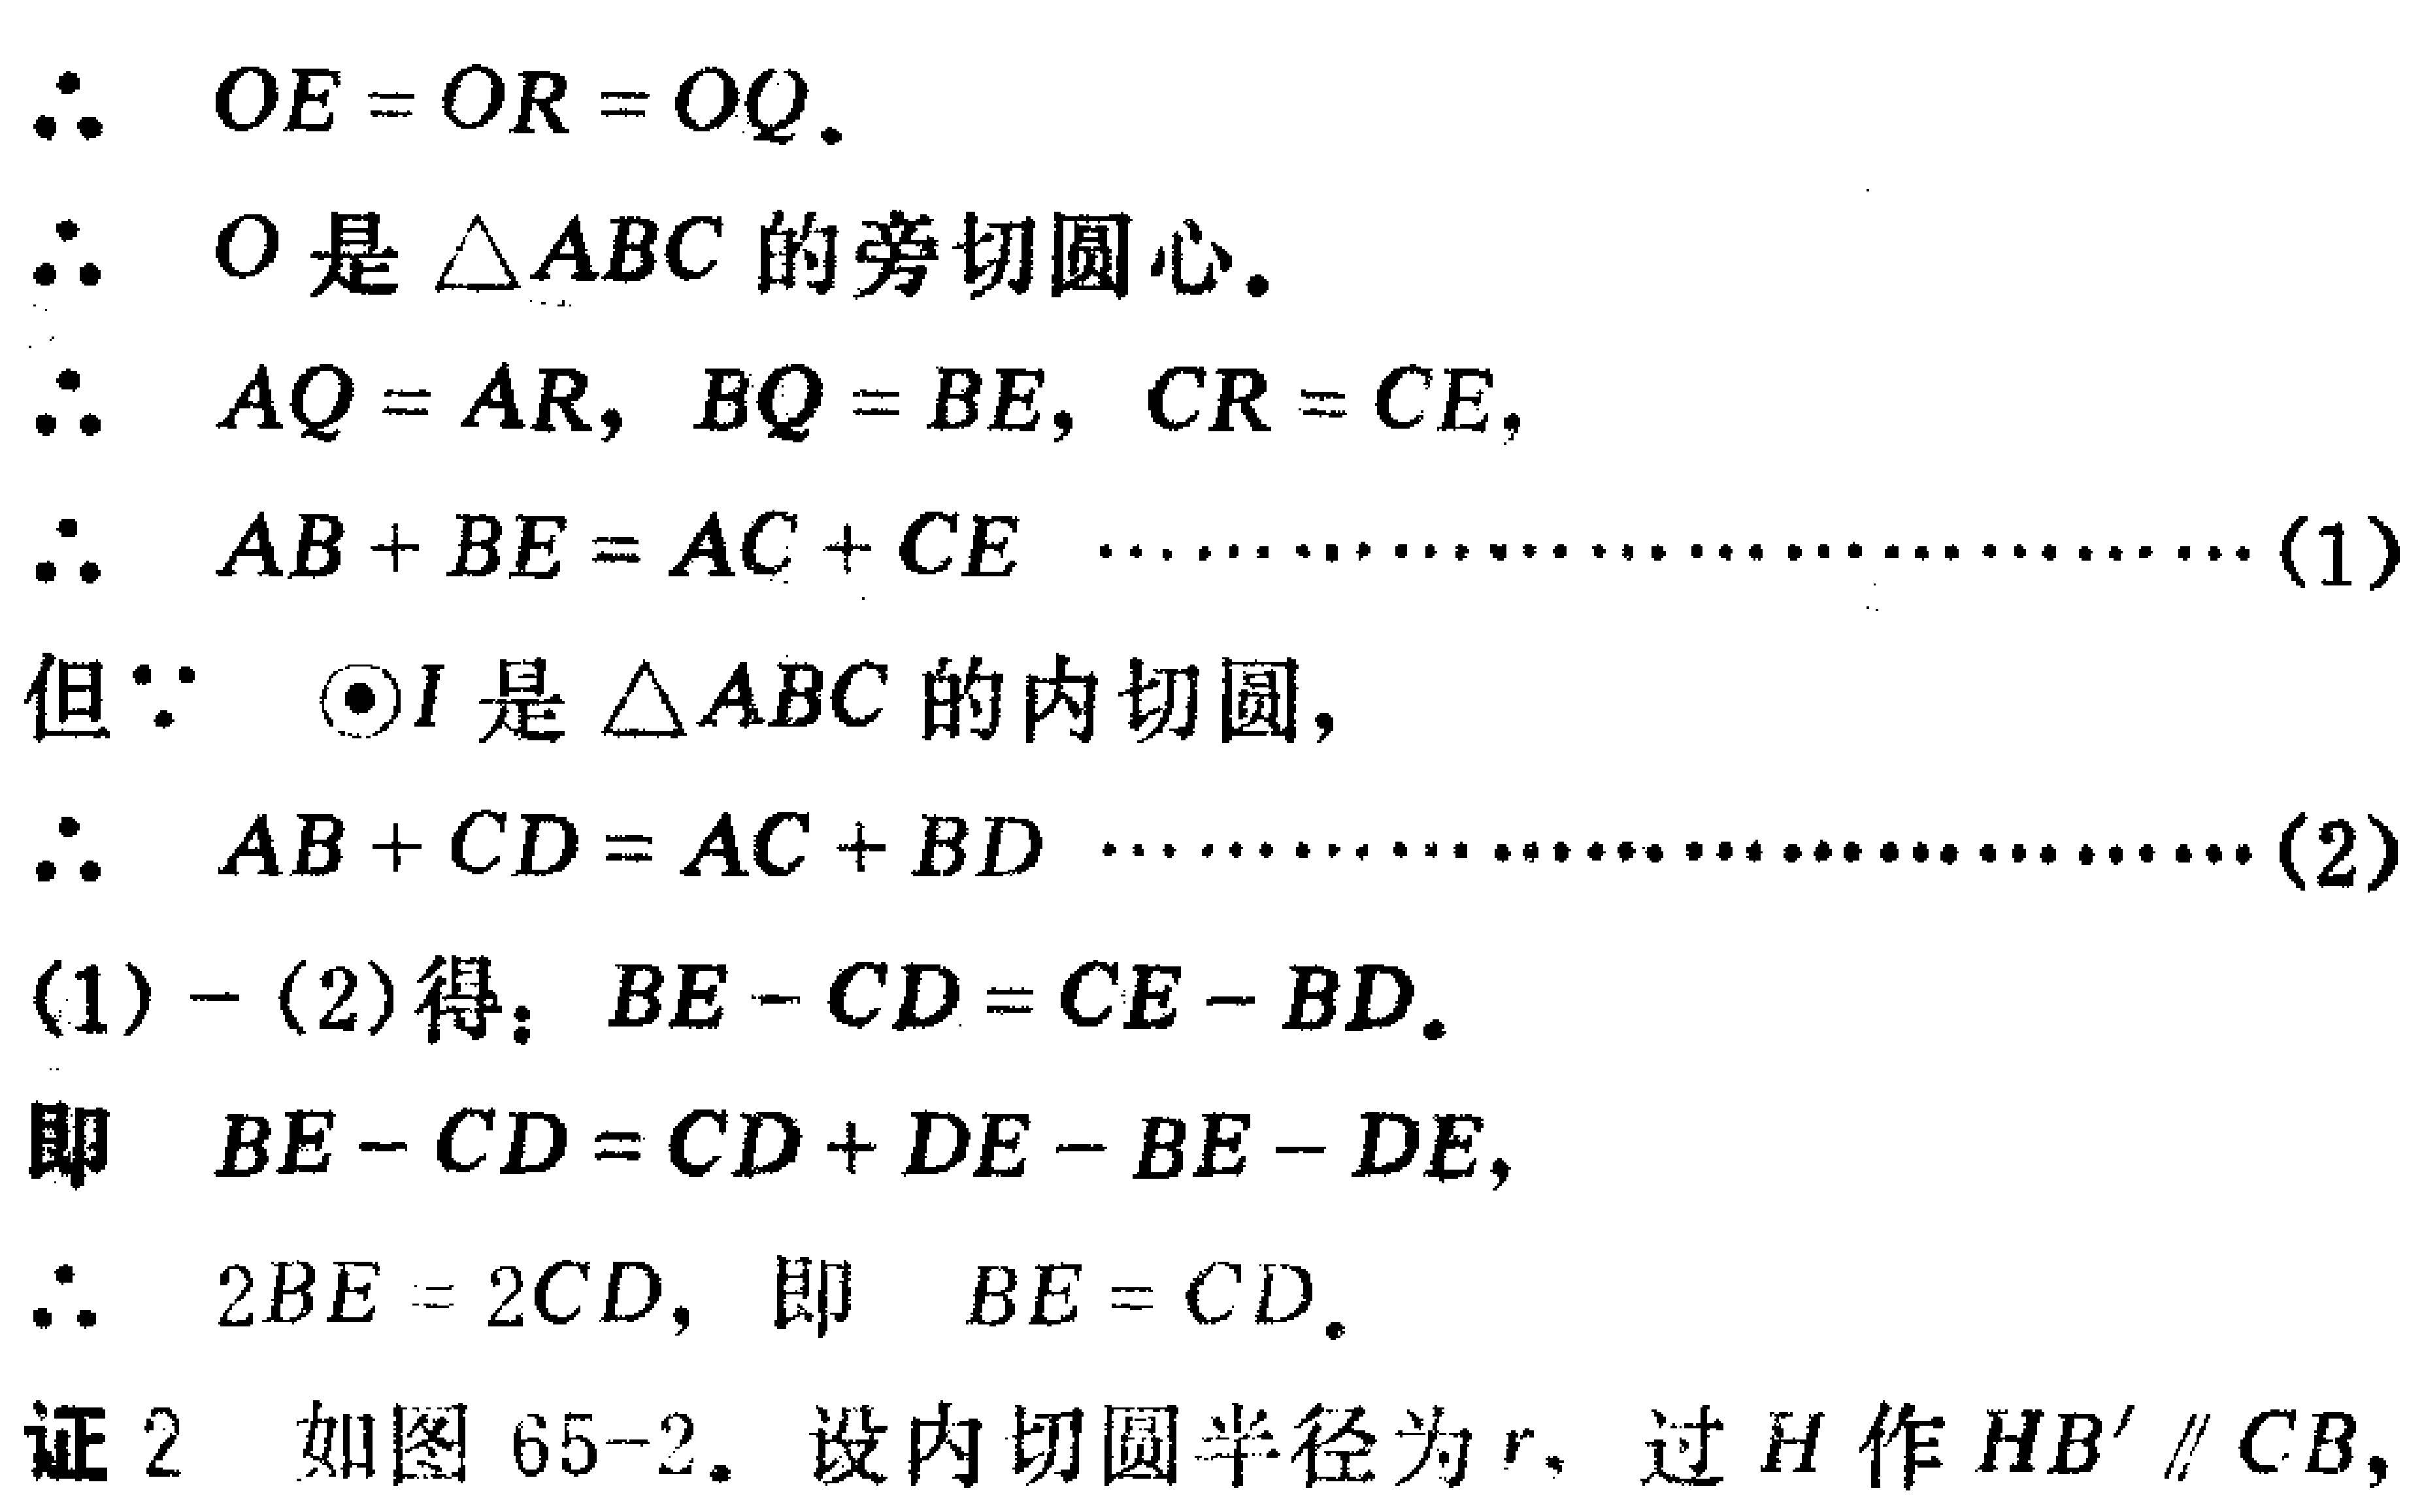
\(
\begin{align*}
&\therefore OE = OR = OQ.\\
&\therefore O\text{ 是 }\triangle ABC\text{ 的旁切圆心.}\\
&\therefore AQ = AR,\ BQ = BE,\ CR = CE,\\
&\therefore AB + BE = AC + CE\ \cdots\cdots\cdots\cdots\cdots\cdots\cdots\cdots\cdots(1)\\
&\text{但}\because \odot I\text{ 是 }\triangle ABC\text{ 的内切圆,}\\
&\therefore AB + CD = AC + BD\ \cdots\cdots\cdots\cdots\cdots\cdots\cdots\cdots\cdots(2)\\
&(1)-(2)\text{得：}BE - CD = CE - BD.\\
&\text{即 }BE - CD = CD + DE - BE - DE,\\
&\therefore 2BE = 2CD,\text{ 即 }BE = CD.\\
&\text{证2 如图 65-2. 设内切圆半径为 }r,\text{ 过 }H\text{ 作 }HB'\parallel CB,
\end{align*}
\)